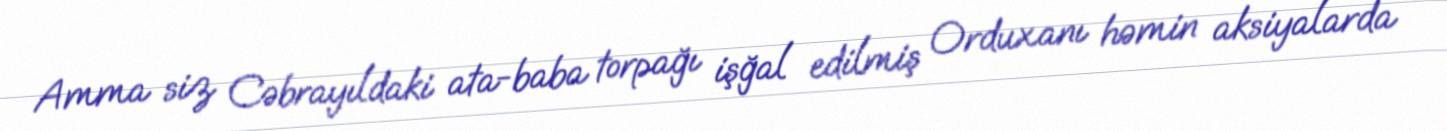
Amma siz Cəbrayıldaki ata-baba torpağı işğal edilmiş Orduxanı həmin aksiyalarda